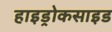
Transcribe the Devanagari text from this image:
हाइड्रोकसाइड